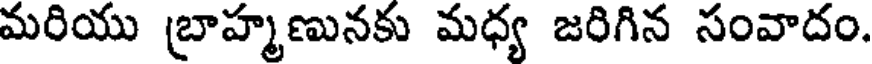
మరియు బ్రాహ్మణునకు మధ్య జరిగిన సంవాదం.